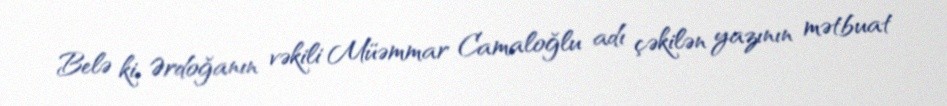
Belə ki, Ərdoğanın vəkili Müəmmar Camaloğlu adı çəkilən yazının mətbuat